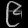
Digit: ၉